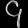
Digit: ၄